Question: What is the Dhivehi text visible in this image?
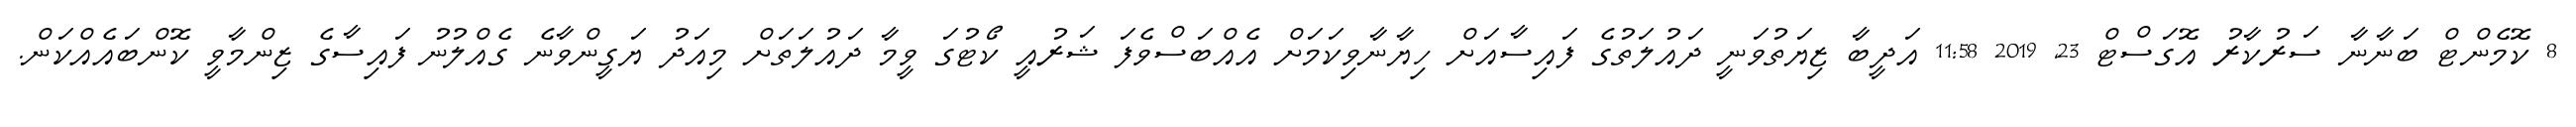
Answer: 8 ކޮމެންޓް ބަނާނާ ސަރުކާރު އޮގަސްޓް 23, 2019 11:58 އަދީބާ ޒިޔަތުވަނީ ދައުލަތުގެ ފައިސާއަށް ހިޔާނާވިކަމަށް އެއްބަސްވެފަ ޝަރުއީ ކޯޓުގަ ވީމާ ދައުލަތަށް މިއަދު ޔަގީންވާނެ ގެއްލުނު ފައިސާގެ ޒިންމާވީ ކޮންބައެއްކަން.